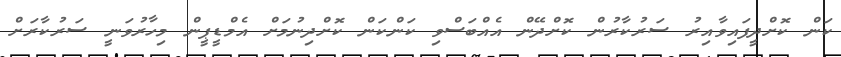
ކަން ކޮށްދީފައިވާއިރު ސަރުކާރުން ކޮށްދޭން އެއްބަސްވި ކަންކަން ކޮށްދިނުމަށް އެމްޑީޕީން މިހާރުވަނީ ސަރުކާރަށް